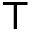
\top